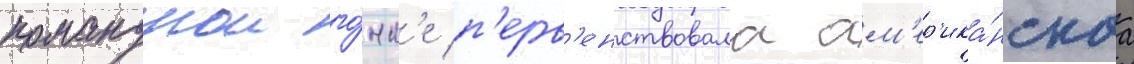
команднои го́нк'е п'ерв'енствовала ам'ер'ика́нскаа